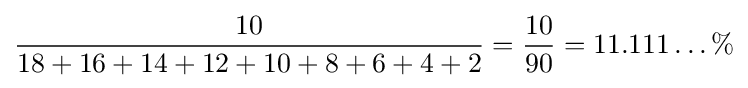
{\frac {10}{18+16+14+12+10+8+6+4+2}}={\frac {10}{90}}=11.111\ldots \%